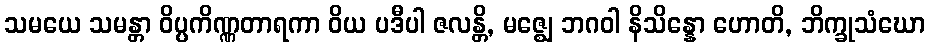
သမယေ သမန္တာ ဝိပ္ပကိဏ္ဏတာရကာ ဝိယ ပဒီပါ ဇလန္တိ, မဇ္ဈေ ဘဂဝါ နိသိန္နော ဟောတိ, ဘိက္ခုသံဃော